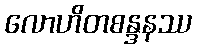
လောဟိတစန္ဒနဿ